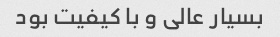
بسیار عالی و با کیفیت بود